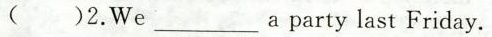
( )2.We___a party last Friday.